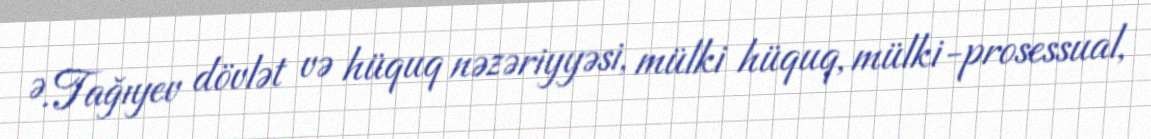
Ə.Tağıyev dövlət və hüquq nəzəriyyəsi, mülki hüquq, mülki-prosessual,